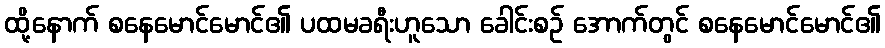
ထို့နောက် စနေမောင်မောင်၏ ပထမခရီးဟူသော ခေါင်းစဉ် အောက်တွင် စနေမောင်မောင်၏